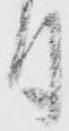
付